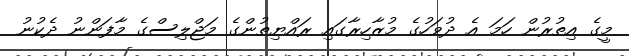
މީގެ އިތުރުން ހަމަ އެ ދުވަހުގެ މުޒާހިރާގައި ރައްޔިތުންގެ މަޖްލިސްގެ މާފަންނު ދެކުނު